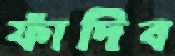
ফাঁদিব